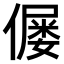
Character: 𠎪